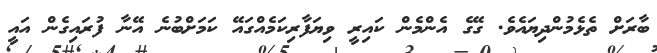
ބާރަށް ތެޅެމުންދިޔައެވެ. ގޭގެ އެންމެން ކައިރީ ވިޔަފާރިކަމެއްގައޭ ކަމަށްބުނެ އޭނާ ފުރައިގެން އައީ